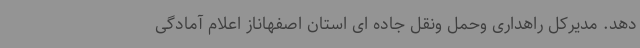
دهد. مدیرکل راهداری وحمل ونقل جاده ای استان اصفهاناز اعلام آمادگی